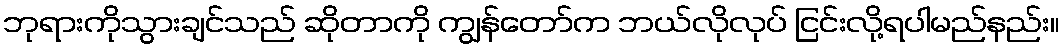
ဘုရားကိုသွားချင်သည် ဆိုတာကို ကျွန်တော်က ဘယ်လိုလုပ် ငြင်းလို့ရပါမည်နည်း။